Annual administration report of the Civil Veterinary Department of India - 1898-1899
Year: 1898
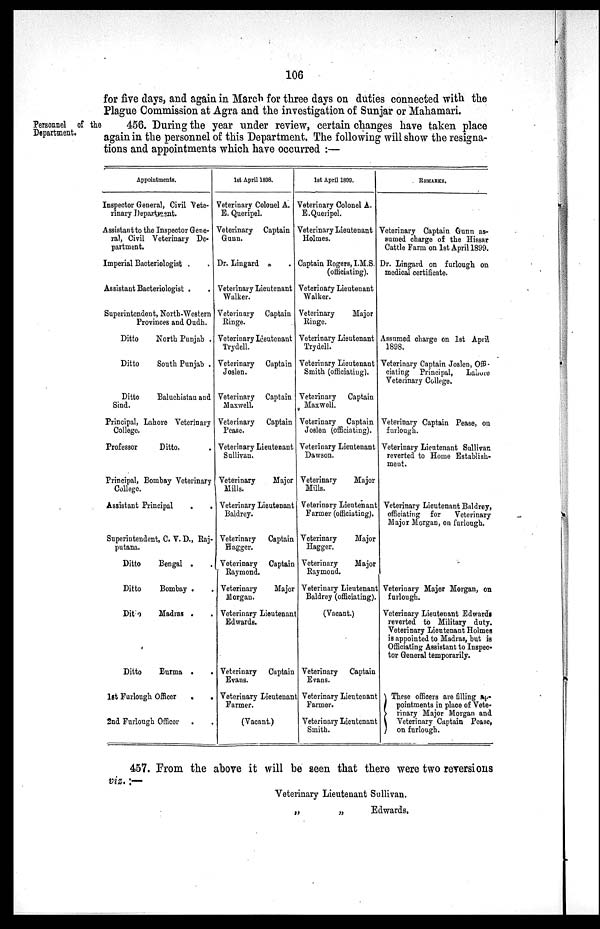
106
for five days, and again in March for three days on duties connected with the
Plague Commission at Agra and the investigation of Sunjar or Mahamari.
Personnel of the
Department.
456. During the year under review, certain changes have taken place
again in the personnel of this Department. The following will show the resigna-
tions and appointments which have occurred:—
Appointments.
Inspector General, Civil Vete-
rinary Department.
Assistant to the Inspector Gene-
ral, Civil Veterinary De-
partment.
Imperial Bacteriologist . .
Assistant Bacteriologist . .
Superintendent, North-Western
Provinces and Oudh.
Ditto
North Punjab .
Ditto
South Punjab .
Ditto Baluchistan and
Sind.
Principal, Lahore Veterinary
College.
Professor
Ditto.
Principal, Bombay Veterinary
College.
Assistant Principal
.
.
Superintendent, C. V. D., Raj-
putana.
Ditto
Bengal . .
Ditto
Bombay . .
Ditto
Madras . .
Ditto
Burma .
.
1st Furlough Officer
. .
2nd Furlough Officor . .
1st April 1898.
Veterinary Colonel A.
E. Queripel.
Veterinary Captain
Gunn.
Dr. Lingard
Veterinary Lieutenant
Walker.
Veterinary Captain
Ringe.
Veterinary Lieutenant
Trydell.
Veterinary Captain
Joslen.
Veterinary Captain
Maxwell.
Veterinary Captain
Pease.
Veterinary Lieutenant
Sullivan.
Veterinary
Major
Mills.
Veterinary Lieutenant
Baldrey.
Veterinary
Captain
Hagger.
Veterinary Captain
Raymond.
Veterinary
Major
Morgan.
Veterinary Lieutenant
Edwards.
Veterinary Captain
Evans.
Veterinary Lieutenan
Farmer.
(Vacant.)
1st April 1800.
Veterinary Colonel A.
E.Queripel.
Veterinary Lieutenant
Holmes.
Captain Rogers, I.M.S.
(officiating).
Veterinary Lieutenant
Walker.
Veterinary
Major
Ringe.
Veterinary Lieutenant
Trydell.
Veterinary Lieutenant
Smith (officiating).
Veterinary Captain
Maxwell.
Veterinary Captain
Joslen (officiating).
Veterinary Lieutenant
Dawson.
Veterinary
Major
Mills.
Veterinary Lieutenant
Farmer (officiating).
Veterinary
Major
Hagger.
Veterinary
Major
Raymond.
Veterinary Lieutenant
Baldrey (officiating).
(Vacant.)
Veterinary Captain
Evans.
Veterinary Lieutenant
Farmer.
Veterinary Lieutenant
Smith.
REMARKS.
Veterinary Captain Gunn as-
sumed charge of the Hissar
Cattle Farm on 1st April 1899.
Dr. Lingard on furlough on
medical certificate.
Assumed charge on 1st April
1898.
Veterinary Captain Joslen, Offi-
ciating Principal,
Lahore
Veterinary College.
Veterinary Captain Pease, on
furlough.
Veterinary Lieutenant Sullivan
reverted to Home Establish-
ment.
Veterinary Lieutenant Baldrey,
officiating for
Veterinary
Major Morgan, on furlough.
Veterinary Major Morgan, on
furlough.
Veterinary Lieutenant Edwards
reverted to Military duty.
Veterinary Lieutenant Holmes
is appointed to Madras, but is
Officiating Assistant to Inspec-
tor General temporarily.
These officers are filling ap-
pointments in place of Vete-
rinary Major Morgan and
Veterinary Captain Pease,
on furlough.
457. From the above it will be seen that there were two reversions
viz.:—
Veterinary Lieutenant Sullivan.
„ „ Edwards.